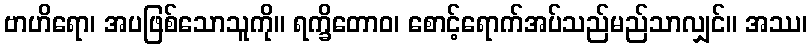
ဗာဟိရော၊ အပဖြစ်သောသူကို။ ရက္ခိတောဝ၊ စောင့်ရောက်အပ်သည်မည်သာလျှင်။ အဿ၊